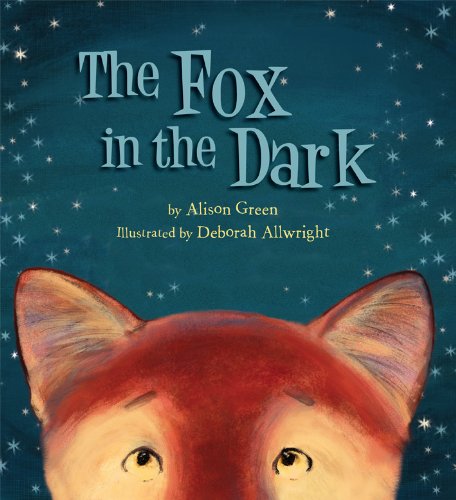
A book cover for The Fox in the Dark; Alison Green; Children's Books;